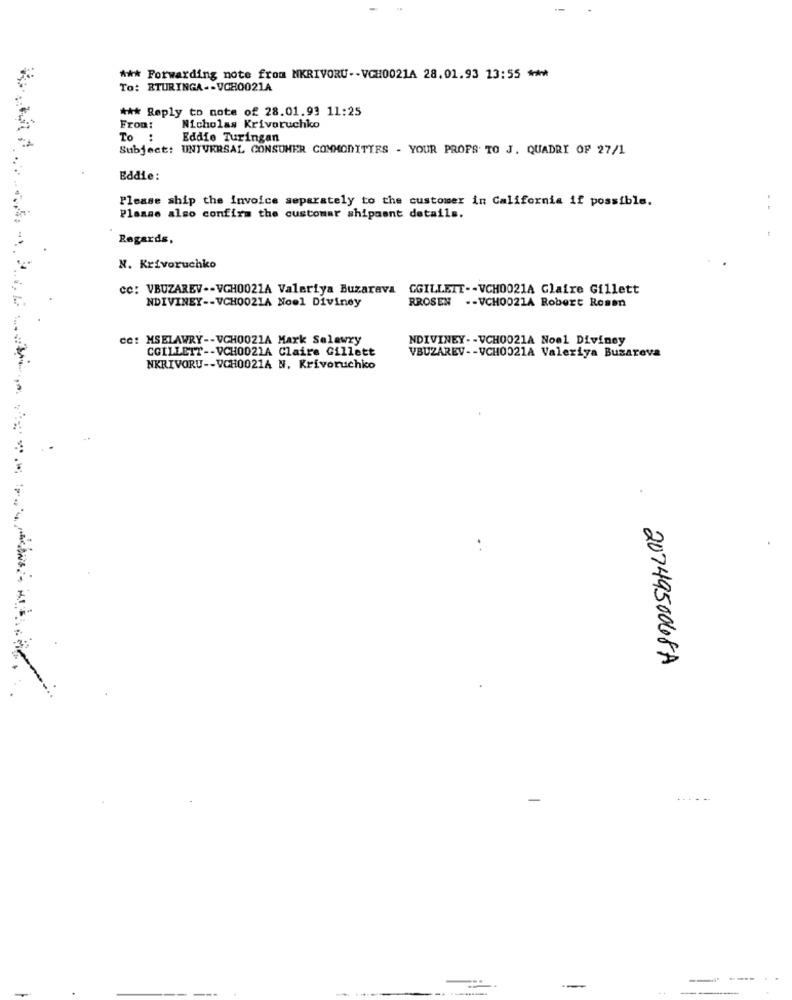
*** Forwarding note from MKRIVORU -- VGH0021A 28.01.93 13:55 ***
To: RTURINGA -- VG80021A
*** Reply to note of 28.01.93 11:25
From:
Nicholas Krivoruchko
To :
Eddie Turingan
Subject: UNIVERSAL CONSUMER COMMODITIES - YOUR PROFS TO J. QUADRI OF 27/1
Eddie:
Please ship the Invoice separately to the customer in California if possible.
Please also confira the customer shipment details.
Regards,
N. Krivoruchko
cc: VBUZAREV -- VGH0021A Valeriya Buzarava CGILLEIT -- VCH0021A Glaire Gillett
NDIVINEY -- VCH0021A Noel Diviney
RROSEN .- VCH0021A Robert Rosen
cc: MSELAWRY -- VGH0021A Mark Selawry
NDIVINEY -- VCH0021A Noel Diviney
CGILLETT -- VCH0021A Claire Gillett
VBUZAREV -- VCH0021A Valeriya Buzareva
NKRIVORU -- VCH0021A N. Krivoruchico
2074950068A
--